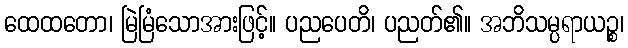
ထေထတော၊ မြဲမြံသောအားဖြင့်။ ပညပေတိ၊ ပညတ်၏။ အဘိသမ္ပရာယဉ္စ၊